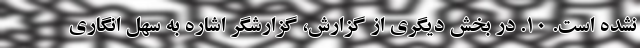
نشده است. ١٠. در بخش دیگری از گزارش، گزارشگر اشاره به سهل انگاری